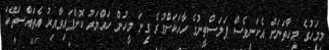
މިމަހުގެ މިހާތަނަށް އެކަނިވެސް ފަލަސްތީނުގެ ހާހަކަށްވުރެ ގިނަ މީހުން ހައްޔަރު ކޮށްފައިވާއިރު އެތައްސަތޭކަ